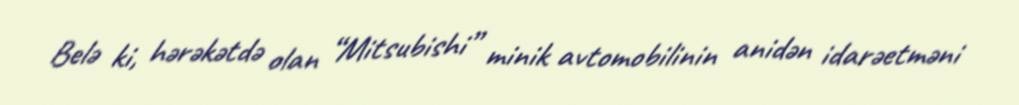
Belə ki, hərəkətdə olan “Mitsubishi” minik avtomobilinin anidən idarəetməni